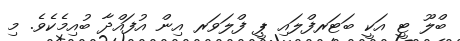
ބްލޫ ޓީ އަކީ ބަޓަރފްލައި ޕީ ފްލަވަރ އިން އުފައްދާ ބުއިމެކެވެ. މި